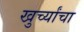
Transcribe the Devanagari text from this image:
खुर्च्यांचा